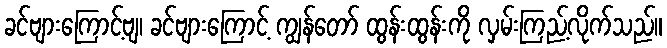
ခင်ဗျားကြောင့်ဗျ၊ ခင်ဗျားကြောင့် ကျွန်တော် ထွန်းထွန်းကို လှမ်းကြည့်လိုက်သည်။